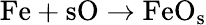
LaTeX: \mathrm{Fe+sO\to FeO_{s}}